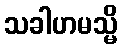
သခါဟမသ္မိ